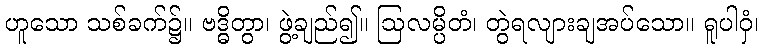
ဟူသော သစ်ခက်၌။ ဗဒ္ဓိတွာ၊ ဖွဲ့ချည်၍။ ဩလမ္ပိတံ၊ တွဲရလျားချအပ်သော။ ရူပါဝှံ၊